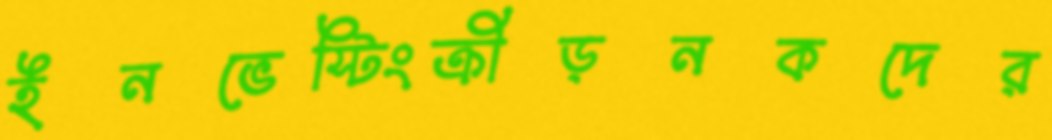
ইনভেস্টিংক্রীড়নকদের